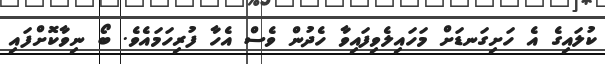
ކުލައިގެ އެ ހަށިގަނޑަށް މަހައިލެވިފައިވާ ހެދުން ވެސް އެހާ ފުރިހަމައެވެ. ބޯ ނިވާކޮށްފައި